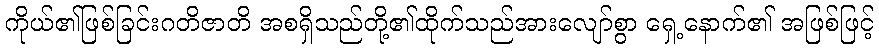
ကိုယ်၏ဖြစ်ခြင်းဂတိဇာတိ အစရှိသည်တို့၏ထိုက်သည်အားလျော်စွာ ရှေ့နောက်၏ အဖြစ်ဖြင့်